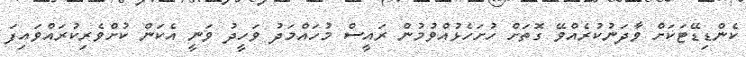
ކެންޑިޑޭޓަކަށް ވާދަނުކުރެއްވޭ ގޮތަށް ހުށަހެޅުއްވުމުން ރައީސް މުހައްމަދު ވަހީދު ވަނީ އެކަން ކުށްވެރިކުރައްވައިފަ